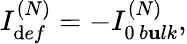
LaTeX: {I_{\mathrm{d}ef}^{(N)}=-I_{0\, b\mathbf{u}lk}^{(N)},}